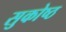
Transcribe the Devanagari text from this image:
सुकोष्ठ